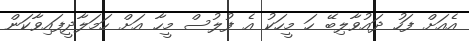
އެއަށް ފަހު ދައުވާލިބޭ ހަ މީހަކު އެ ފުލުސް މީހާ އަށް ހަމަލާދީފައިވާކަން